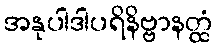
အနုပါဒါပရိနိဗ္ဗာနတ္ထံ